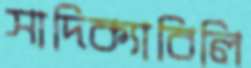
সাদিক্যাবিলি